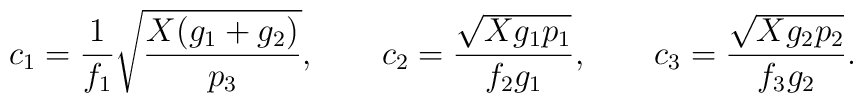
c_1=\frac{1}{f_1}\sqrt{\frac{X(g_1+g_2)}{p_3}},\qquad  c_2=\frac{\sqrt{Xg_1p_1}}{f_2 g_1}, \qquad  c_3=\frac{\sqrt{Xg_2p_2}}{f_3g_2}.